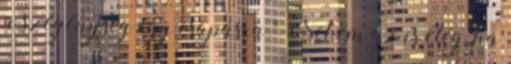
a szegénység egy csapásra " Nekem az is elég,.ha